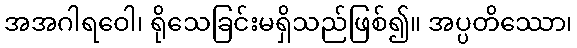
အအဂါရဝေါ၊ ရိုသေခြင်းမရှိသည်ဖြစ်၍။ အပ္ပတိဿော၊